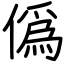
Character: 僞